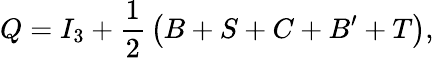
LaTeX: Q=I_{3}+{\frac{1}{2}}\left(B+S+C+B^{\prime}+T\right),